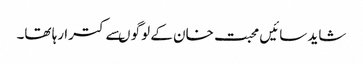
شاید سائیں محبت خان کے لوگو ںسے کترا رہا تھا۔